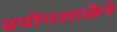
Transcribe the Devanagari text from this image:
प्रयोगशाळेने